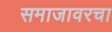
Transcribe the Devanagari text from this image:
समाजावरचा